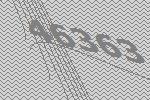
46363